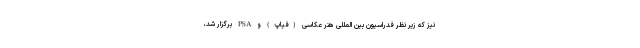
نیز که زیر نظر فدراسیون بین المللی هنر عکاسی (فیاپ) و PSA برگزار شد،